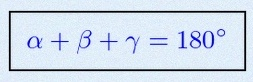
\alpha+\beta+\gamma=180^\circ